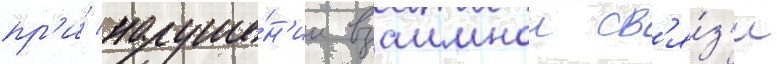
пр'и́ наруше́н'ии взаимнои св'я́з'и